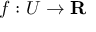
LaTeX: f : U \to \mathbf { R }